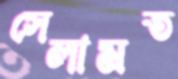
সেলামত